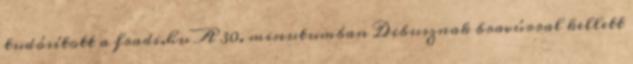
tudósított a fradi.hu A 30. minutumban Dibusznak bravúrral kellett